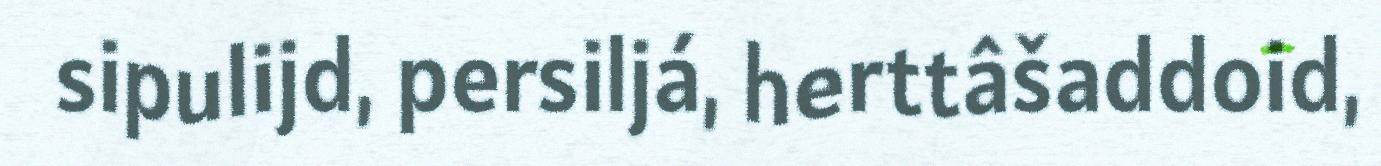
sipulijd, persiljá, herttâšaddoid,